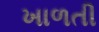
ખાળતી